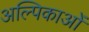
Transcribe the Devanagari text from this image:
अल्पिकाओं